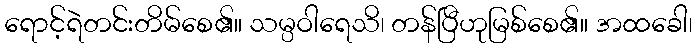
ရောင့်ရဲတင်းတိမ်စေ၏။ သမ္ပဝါရေသိ၊ တန်ပြီဟုမြစ်စေ၏။ အထခေါ၊